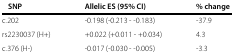
<table><thead><tr><td><b>SNP</b></td><td><b>Allelic ES (95% CI)</b></td><td><b>% change</b></td></tr></thead><tbody><tr><td>c.202</td><td>-0.198 (-0.213 - -0.183)</td><td>-37.9</td></tr><tr><td>rs2230037 (H+)</td><td>+0.022 (+0.011 - +0.034)</td><td>4.3</td></tr><tr><td>c.376 (H-)</td><td>-0.017 (-0.030 - -0.005)</td><td>-3.3</td></tr></tbody></table>